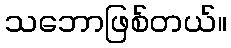
သဘောဖြစ်တယ်။